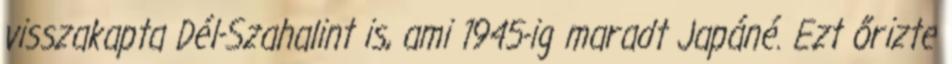
visszakapta Dél-Szahalint is, ami 1945-ig maradt Japáné. Ezt őrizte